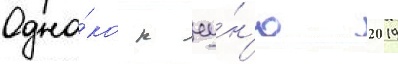
Одна́ко к иу́н'ю 2019